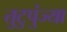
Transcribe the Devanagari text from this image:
तुटुपुंज्या